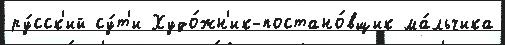
ру́сск'ий су́т'и Худо́жн'ик-постано́вщик ма́льчика